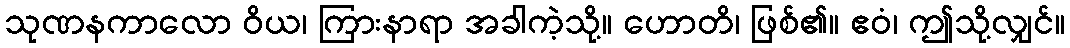
သုဏနကာလော ဝိယ၊ ကြားနာရာ အခါကဲ့သို့။ ဟောတိ၊ ဖြစ်၏။ ဧဝံ၊ ဤသို့လျှင်။